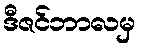
ဒီဇင်ဘာလမှ